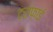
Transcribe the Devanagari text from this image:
ट्राफ़ाई